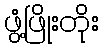
ဖွံ့ဖြိုးတိုး